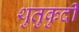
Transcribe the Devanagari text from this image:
थुतुकुदी